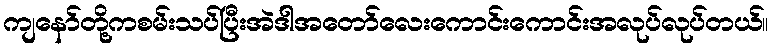
ကျနော်တို့ကစမ်းသပ်ပြီးအဲဒါအတော်လေးကောင်းကောင်းအလုပ်လုပ်တယ်။